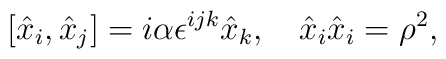
[\hat{x}_{i},\hat{x}_{j}]=i\alpha\epsilon^{ijk}\hat{x}_{k}, \hspace{0.4cm}\hat{x}_{i}\hat{x}_{i}=\rho^{2},